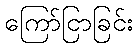
ကြော်ငြာခြင်း